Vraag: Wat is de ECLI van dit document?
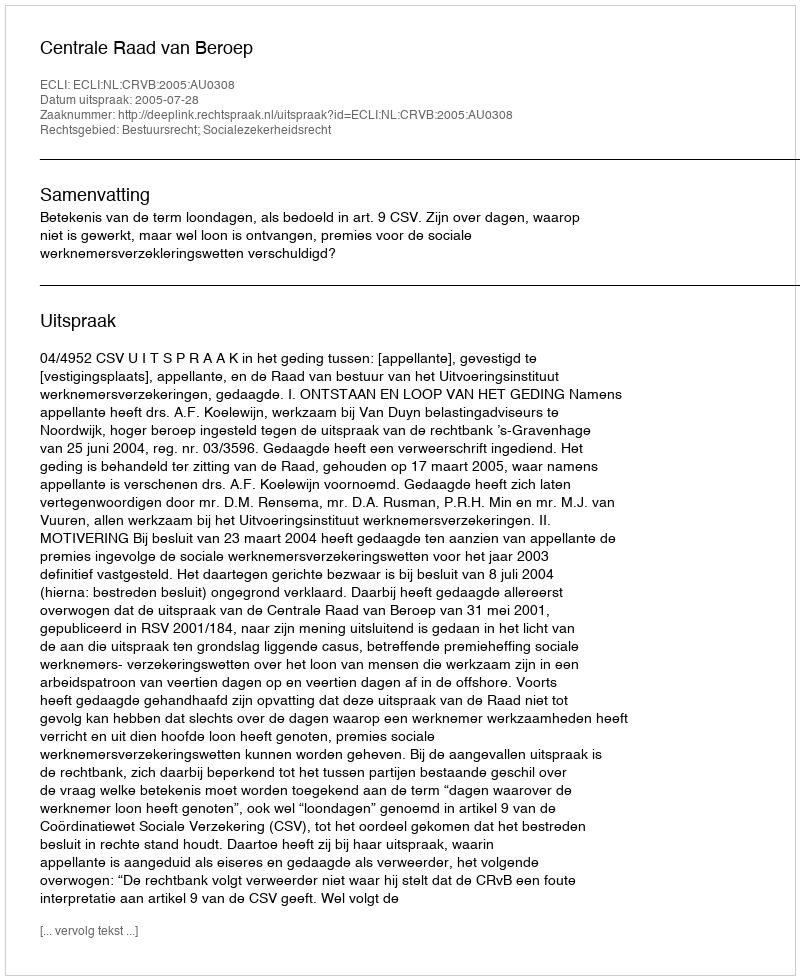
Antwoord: ECLI:NL:CRVB:2005:AU0308